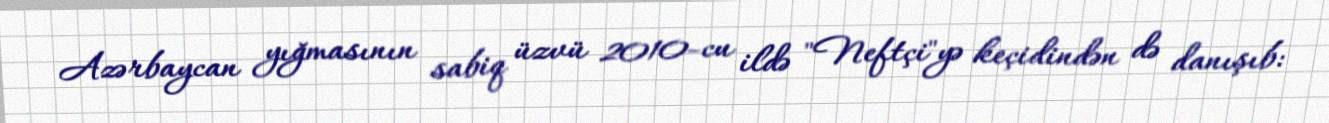
Azərbaycan yığmasının sabiq üzvü 2010-cu ildə "Neftçi"yə keçidindən də danışıb: